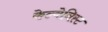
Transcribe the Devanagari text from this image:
केल्वेनिस्ट